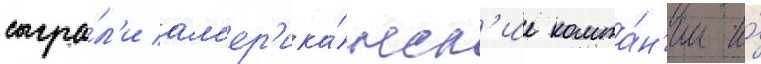
сыгра́л'и ам'ер'ика́нск'ие компа́н'ии и́